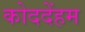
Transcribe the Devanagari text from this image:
कोददेंहम